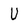
Character: U